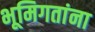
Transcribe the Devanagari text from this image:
भूमिगतांना